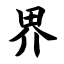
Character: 界